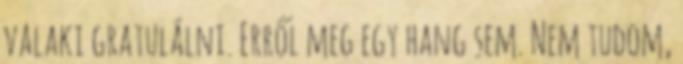
valaki gratulálni. Erről meg egy hang sem. Nem tudom,